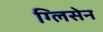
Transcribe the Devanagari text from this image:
ग्लिसेन